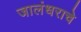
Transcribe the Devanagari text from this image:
जालंधराचे